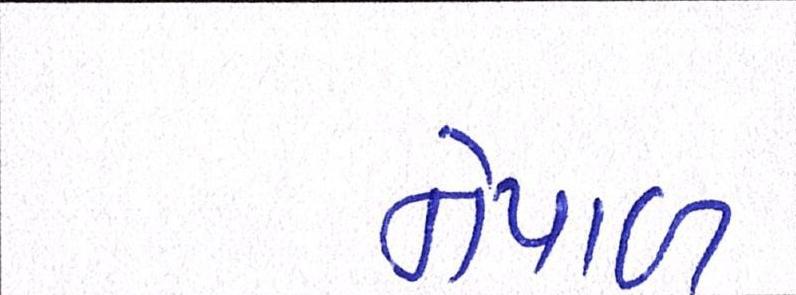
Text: નેપાળ